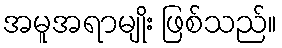
အမူအရာမျိုး ဖြစ်သည်။